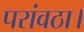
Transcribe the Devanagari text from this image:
परांवठा।